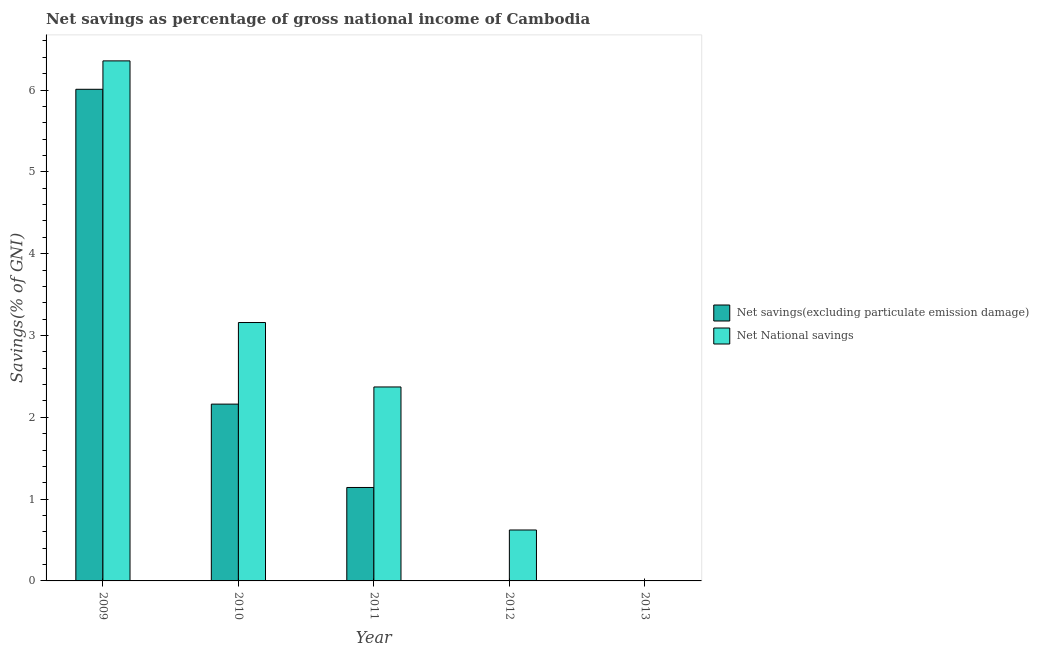
| Year | Net savings(excluding particulate emission damage) | Net National savings |
 | --- | --- | --- |
 | 2009 | 6.01 | 6.36 |
 | 2010 | 2.16 | 3.16 |
 | 2011 | 1.14 | 2.37 |
 | 2012 | -0.423 | 0.623 |
 | 2013 | -3.12 | -1.87 |